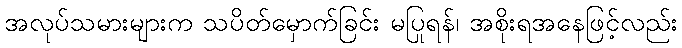
အလုပ်သမားများက သပိတ်မှောက်ခြင်း မပြုရန်၊ အစိုးရအနေဖြင့်လည်း